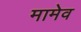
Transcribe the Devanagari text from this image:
मामेव